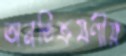
অনতিক্রমণীয়